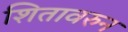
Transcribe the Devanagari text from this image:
शितावरुन